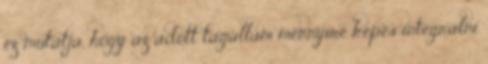
ez mutatja, hogy az adott tagállam mennyire képes integrálni